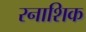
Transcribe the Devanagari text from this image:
रनाशिक